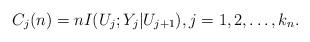
LaTeX: \begin{align*}C_j(n) &= nI(U_{j}; Y_j|U_{j+1}),j = 1, 2,\dots, k_n.\end{align*}